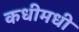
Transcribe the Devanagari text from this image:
कधीमधी